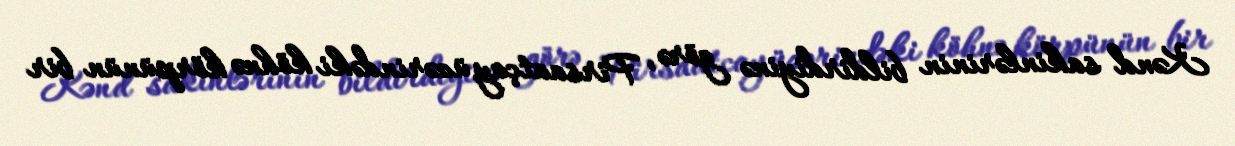
Kənd sakinlərinin bildirdiyinə görə, Pirsaatçay üzərindəki köhnə körpünün bir